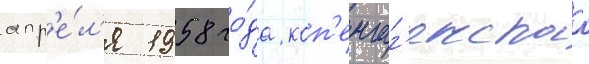
апр'е́л'я 1958 го́да коп'енгаг'енскаа